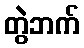
တွဲဘက်